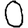
Digit: 0